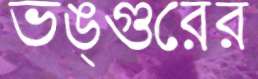
ভঙ্গুরের